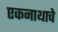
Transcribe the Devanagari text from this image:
एकनाथाचे